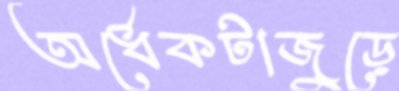
অর্ধেকটাজুড়ে